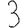
Digit: 3